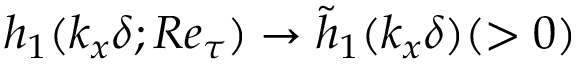
h _ { 1 } ( k _ { x } \delta ; R e _ { \tau } ) \rightarrow \tilde { h } _ { 1 } ( k _ { x } \delta ) ( > 0 )